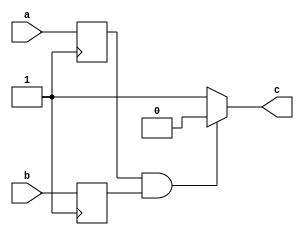
module nand_gate_delay (
    input wire a,
    input wire b,
    output reg c
);

reg synchronized_a;
reg synchronized_b;

// Synchronization block for input signal a
always @(posedge clk) begin
    synchronized_a <= a;
end

// Synchronization block for input signal b
always @(posedge clk) begin
    synchronized_b <= b;
end

// Timing control block to ensure correct timing of signals
always @(*) begin
    if(synchronized_a & synchronized_b)
        c <= 0;
    else
        c <= 1;
end

endmodule